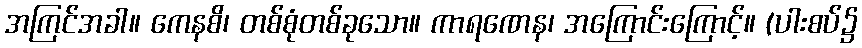
အကြင်အခါ။ ကေနစိ၊ တစ်စုံတစ်ခုသော။ ကာရဏေန၊ အကြောင်းကြောင့်။ (ပါးစပ်၌